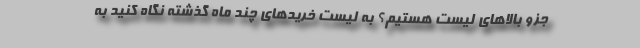
جزو بالاهای لیست هستیم؟ به لیست خریدهای چند ماه گذشته نگاه کنید به